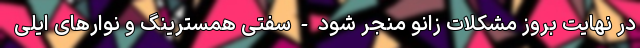
در نهایت بروز مشکلات زانو منجر شود - سفتی همسترینگ و نوارهای ایلی